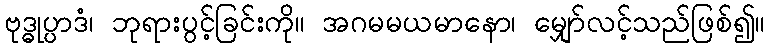
ဗုဒ္ဓုပ္ပာဒံ၊ ဘုရားပွင့်ခြင်းကို။ အဂမမယမာနော၊ မျှော်လင့်သည်ဖြစ်၍။